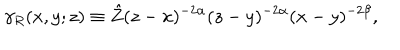
\gamma _ { R } ( x , y ; z ) \equiv \hat { Z } ( z - x ) ^ { - 2 \alpha } ( z - y ) ^ { - 2 \alpha } ( x - y ) ^ { - 2 \beta } ,